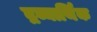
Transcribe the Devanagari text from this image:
द्रव्यार्थिंक